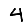
Digit: 4